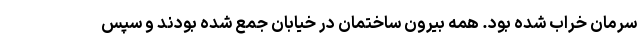
سرمان خراب شده بود. همه بیرون ساختمان در خیابان جمع شده بودند و سپس